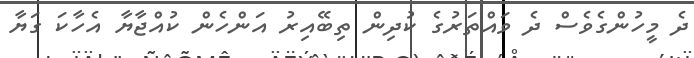
ދެ މީހުންގެވެސް ދެ ވައްތަރުގެ ކުދިން ތިބޭއިރު އަންހެން ކުއްޖާޔާ އެހާކަ ގަޔާ